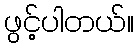
ဖွင့်ပါတယ်။